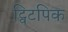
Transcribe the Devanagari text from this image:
ट्विटपिक